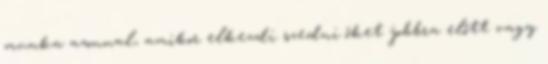
munka azonnal, amikor elkezdi szedni őket jobbra előtt vagy